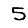
Digit: 5